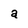
Character: a